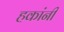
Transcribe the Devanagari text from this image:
हकांनी